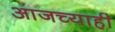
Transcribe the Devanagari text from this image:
आजच्याही